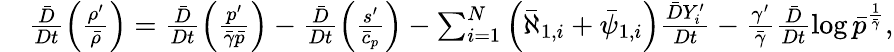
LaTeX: \begin{array}{rl}&{\frac{\bar{D}}{Dt}\left(\frac{\rho^{\prime}}{\bar{\rho}}\right)=\frac{\bar{D}}{Dt}\left(\frac{p^{\prime}}{\bar{\gamma}\bar{p}}\right)-\frac{\bar{D}}{Dt}\left(\frac{s^{\prime}}{\bar{c}_{p}}\right)-\sum_{i=1}^{N}\left(\bar{\aleph}_{1,i}+\bar{\psi}_{1,i}\right)\frac{\bar{D}Y_{i}^{\prime}}{Dt}-\frac{\gamma^{\prime}}{\bar{\gamma}}\frac{\bar{D}}{Dt}{\log\bar{p}^{\frac{1}{\bar{\gamma}}}},}\end{array}